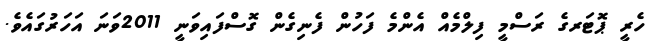
ހެރީ ޕޮޓަރގެ ރަސްމީ ފިލްމެއް އެންމެ ފަހުން ފެނިގެން ގޮސްފައިވަނީ 2011ވަނަ އަހަރުގައެވެ.